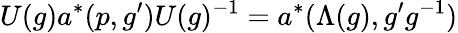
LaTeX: U(g)a^{*}(p,g^{\prime})U(g)^{-1}=a^{*}(\Lambda(g),g^{\prime}g^{-1})